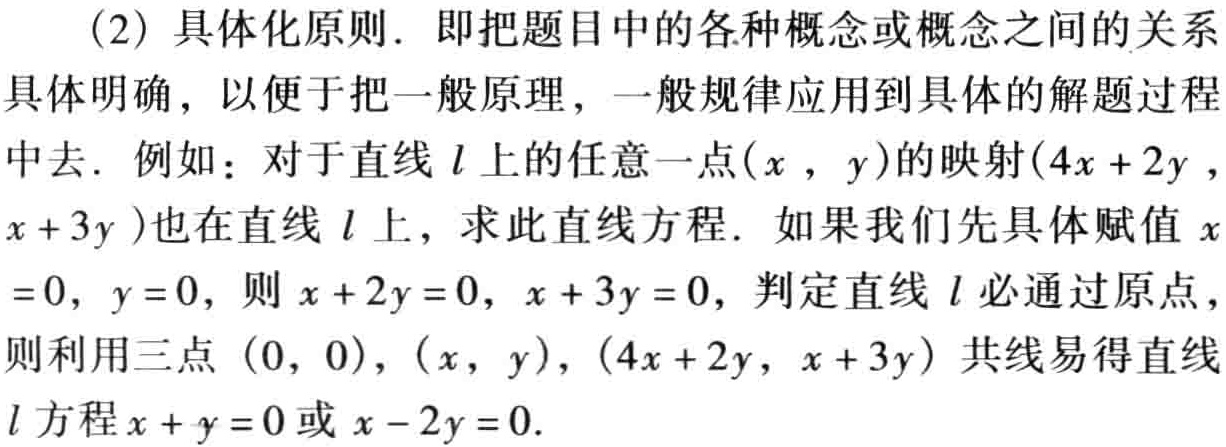
（2）具体化原则．即把题目中的各种概念或概念之间的关系具体明确，以便于把一般原理，一般规律应用到具体的解题过程中去．例如：对于直线\(l\)上的任意一点\((x,y)\)的映射\((4x + 2y,x + 3y)\)也在直线\(l\)上，求此直线方程．如果我们先具体赋值\(x = 0\)，\(y = 0\)，则\(x + 2y = 0\)，\(x + 3y = 0\)，判定直线\(l\)必通过原点，则利用三点\((0,0)\)，\((x,y)\)，\((4x + 2y,x + 3y)\)共线易得直线\(l\)方程\(x + y = 0\)或\(x - 2y = 0\)．